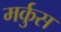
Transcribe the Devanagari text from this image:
मर्कुस